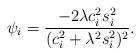
LaTeX: \begin{align*}\psi_i = \frac{-2 \lambda c_i^2 s_i^2}{(c_i^2 + \lambda^2 s_{i}^2)^2}.\end{align*}